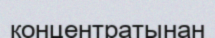
концентратынан